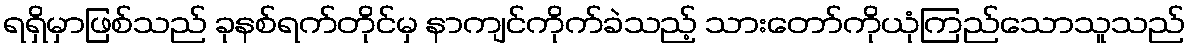
ရရှိမှာဖြစ်သည် ခုနစ်ရက်တိုင်မှ နာကျင်ကိုက်ခဲသည့် သားတော်ကိုယုံကြည်သောသူသည်